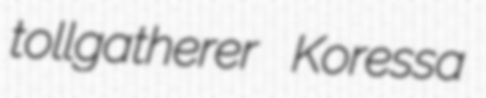
tollgatherer Koressa